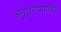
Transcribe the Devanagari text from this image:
अनुत्तरोपपातिक